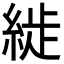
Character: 𦁡